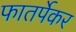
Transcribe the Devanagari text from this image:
फातर्पेकर